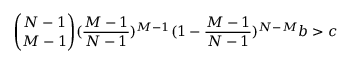
\binom { N - 1 } { M - 1 } ( \frac { M - 1 } { N - 1 } ) ^ { M - 1 } ( 1 - \frac { M - 1 } { N - 1 } ) ^ { N - M } b > c